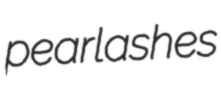
pearlashes